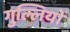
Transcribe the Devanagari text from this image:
गुल्लियों